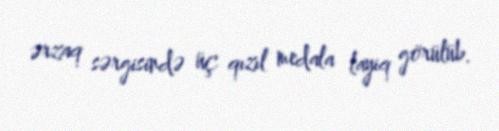
ərzaq sərgisində üç qızıl medala layiq görülüb.